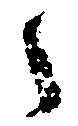
之